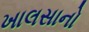
ખાલસાનો